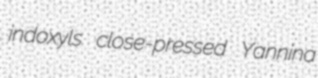
indoxyls close-pressed Yannina